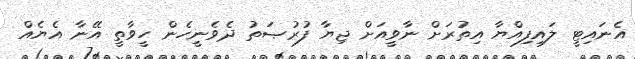
އެނައިޓީ ލައިފިއްޔާ އިތުރަށް ނާވީއަށް ޖިޔާ ފުރުޞަތު ދެވެނީހެން ހީވާތީ އޭނާ އެޔެއް